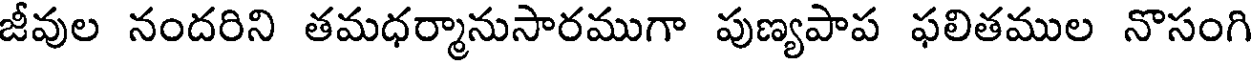
జీవుల నందరిని తమధర్మానుసారముగా పుణ్యపాప ఫలితముల నొసంగి